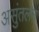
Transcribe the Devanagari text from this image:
असुंतलन